画像に写った文字を読んでください
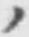
「ノ」と書いてあります